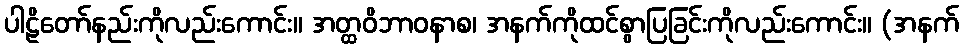
ပါဠိတော်နည်းကိုလည်းကောင်း။ အတ္ထဝိဘာဝနာစ၊ အနက်ကိုထင်စွာပြခြင်းကိုလည်းကောင်း။ (အနက်